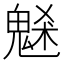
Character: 𩳘